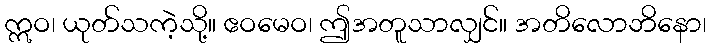
ဣဝ၊ ယုတ်သကဲ့သို့။ ဧဝမေဝ၊ ဤအတူသာလျှင်။ အတိလောဘိနော၊